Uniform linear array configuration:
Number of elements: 64
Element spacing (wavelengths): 1
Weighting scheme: binomial
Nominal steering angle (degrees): -60
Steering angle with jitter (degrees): -61.794
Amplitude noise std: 0.05
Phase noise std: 0.05

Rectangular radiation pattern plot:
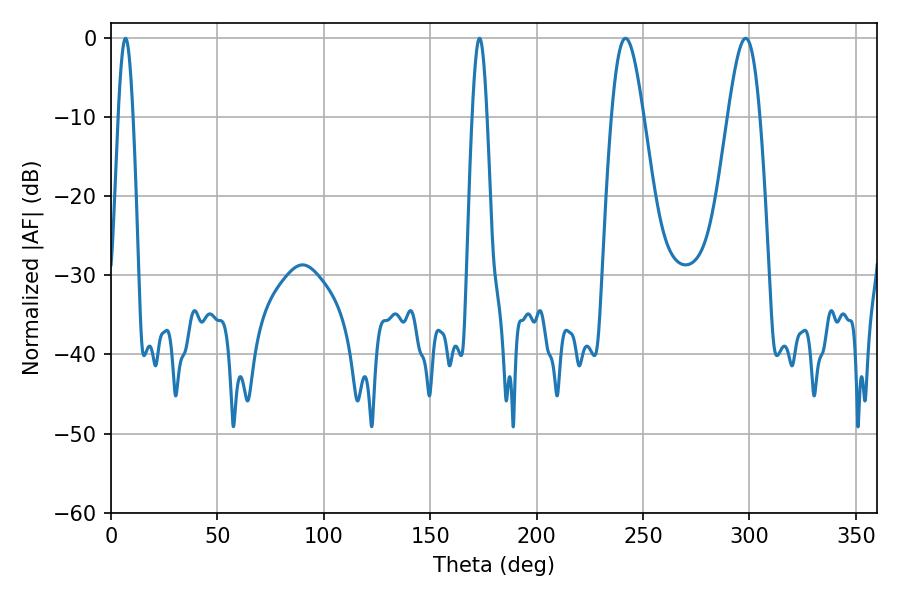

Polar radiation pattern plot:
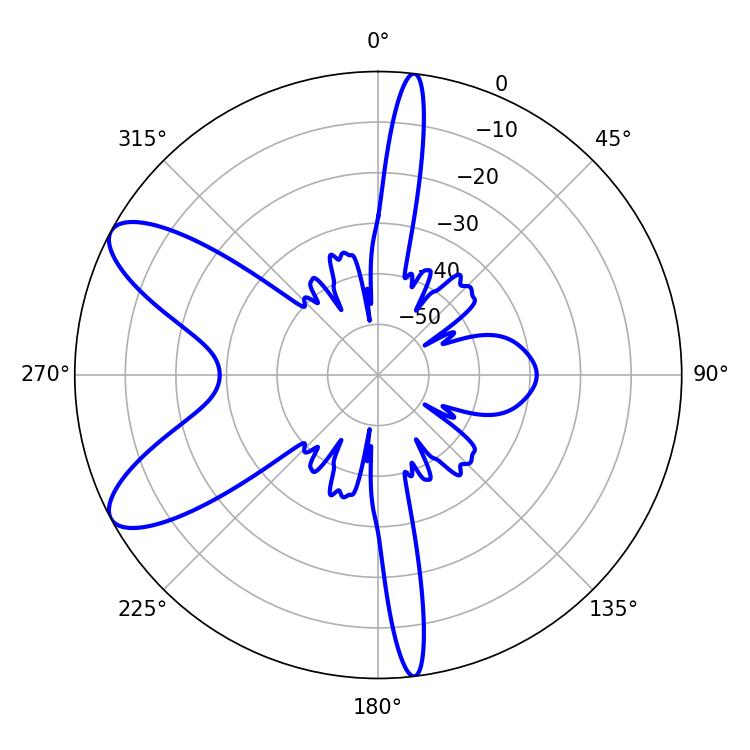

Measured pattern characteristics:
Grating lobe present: TRUE
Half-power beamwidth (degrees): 3.6
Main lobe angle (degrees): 6.84